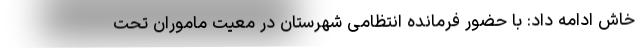
خاش ادامه داد: با حضور فرمانده انتظامی شهرستان در معیت ماموران تحت